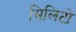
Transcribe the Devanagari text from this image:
मिलिटो